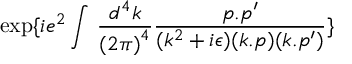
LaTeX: \exp \{ i e ^ { 2 } \int \, \frac { d ^ { 4 } k } { { ( 2 \pi ) } ^ { 4 } } \frac { p . p ^ { \prime } } { ( k ^ { 2 } + i \epsilon ) ( k . p ) ( k . p ^ { \prime } ) } \}